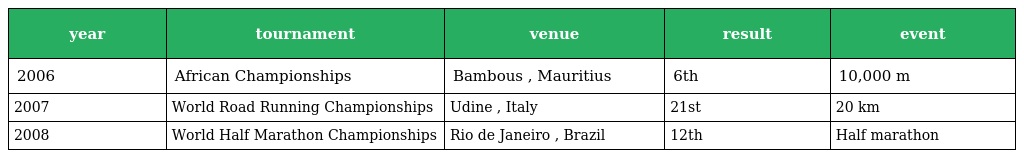
| year | tournament | venue | result | event |
 | --- | --- | --- | --- | --- |
 | 2006 | African Championships | Bambous , Mauritius | 6th | 10,000 m |
 | 2007 | World Road Running Championships | Udine , Italy | 21st | 20 km |
 | 2008 | World Half Marathon Championships | Rio de Janeiro , Brazil | 12th | Half marathon |